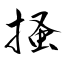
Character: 掻